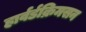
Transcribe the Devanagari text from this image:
हार्वर्डक्रिमसन